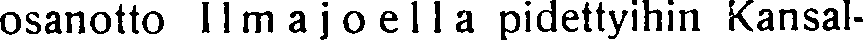
osanotto Ilmajoella pidettyihin Kansal-